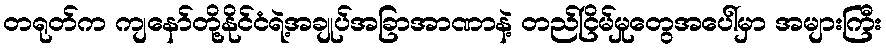
တရုတ်က ကျနော်တို့နိုင်ငံရဲ့အချုပ်အခြာအာဏာနဲ့ တည်ငြိမ်မှုတွေအပေါ်မှာ အများကြီး